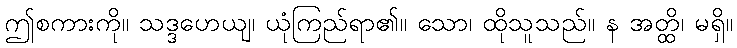
ဤစကားကို။ သဒ္ဒဟေယျ၊ ယုံကြည်ရာ၏။ သော၊ ထိုသူသည်။ န အတ္ထိ၊ မရှိ။